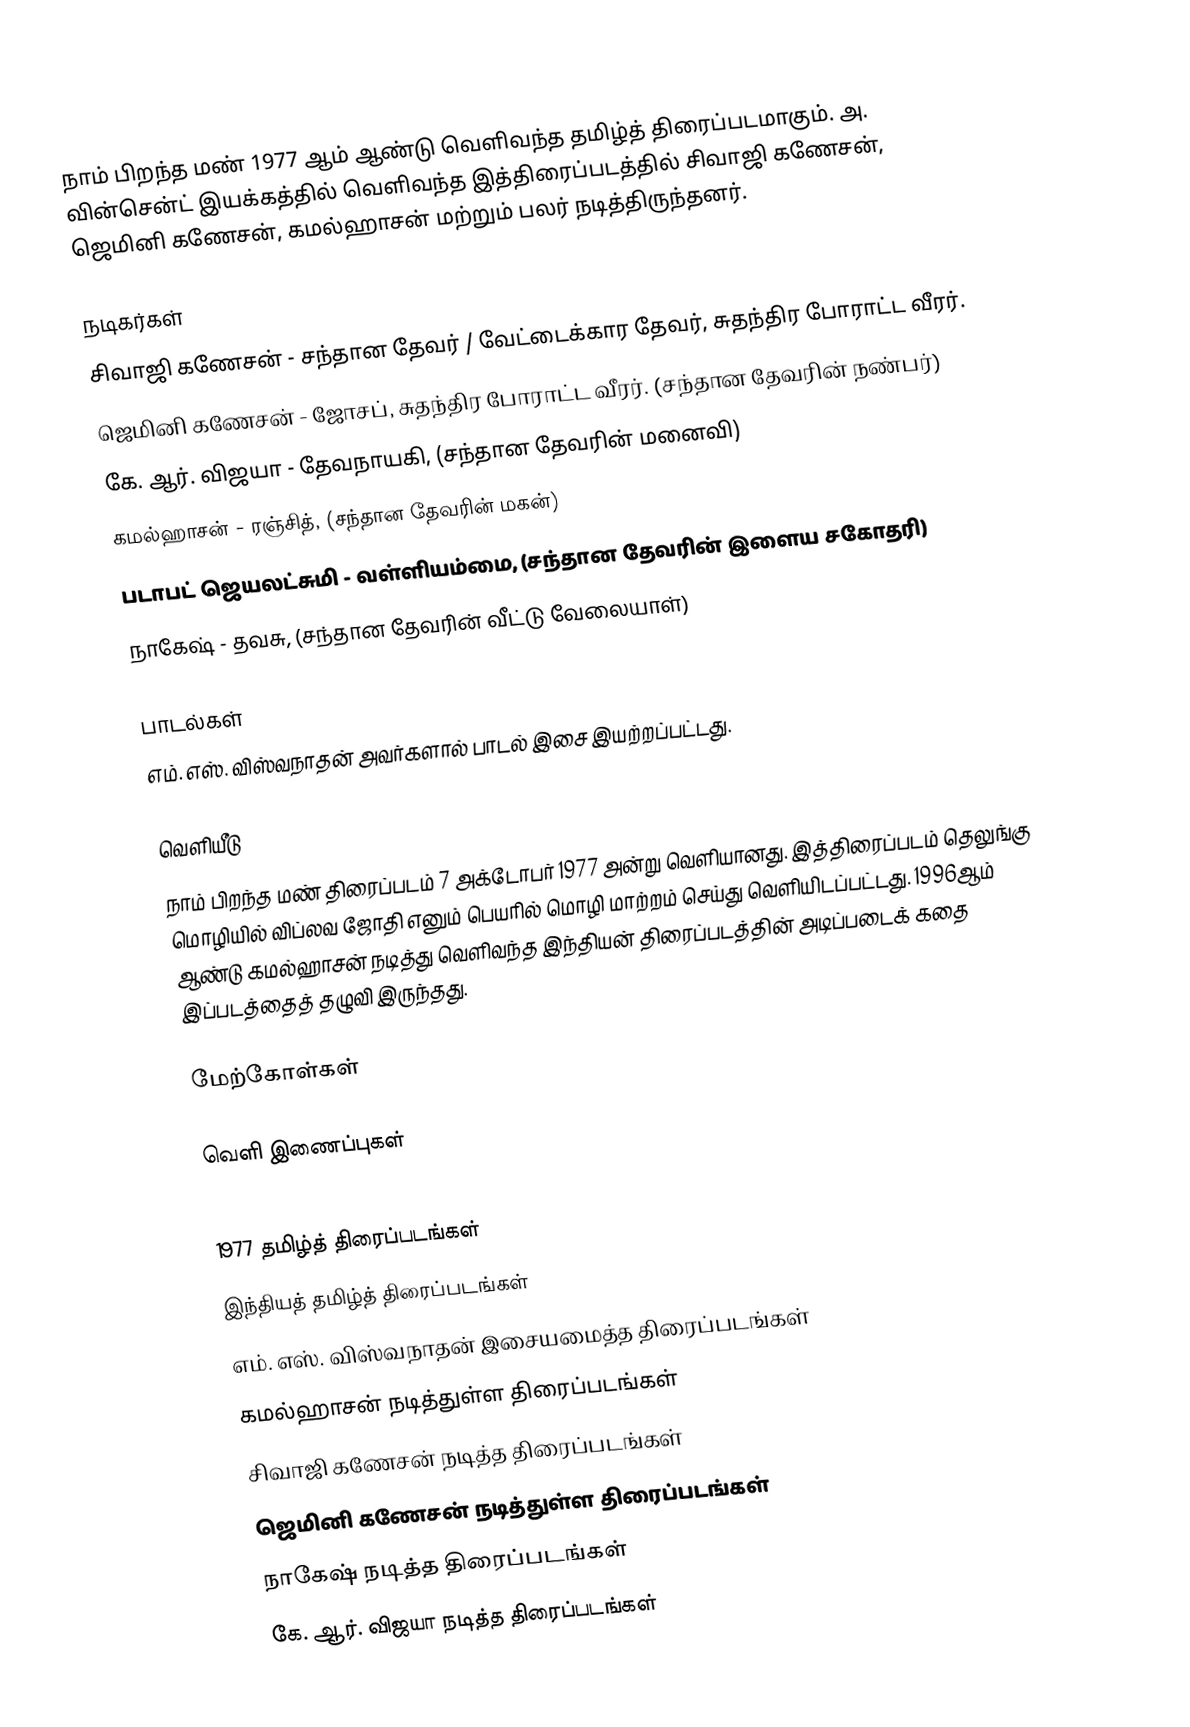
நாம் பிறந்த மண் 1977 ஆம் ஆண்டு வெளிவந்த தமிழ்த் திரைப்படமாகும். அ. வின்சென்ட் இயக்கத்தில் வெளிவந்த இத்திரைப்படத்தில் சிவாஜி கணேசன், ஜெமினி கணேசன், கமல்ஹாசன் மற்றும் பலர் நடித்திருந்தனர்.

நடிகர்கள்
சிவாஜி கணேசன் - சந்தான தேவர் / வேட்டைக்கார தேவர்,  சுதந்திர போராட்ட வீரர்.
ஜெமினி கணேசன் - ஜோசப், சுதந்திர போராட்ட வீரர். (சந்தான தேவரின் நண்பர்)
கே. ஆர். விஜயா - தேவநாயகி, (சந்தான தேவரின் மனைவி)
கமல்ஹாசன் - ரஞ்சித், (சந்தான தேவரின் மகன்)
படாபட் ஜெயலட்சுமி - வள்ளியம்மை, (சந்தான தேவரின் இளைய சகோதரி)
நாகேஷ் - தவசு, (சந்தான தேவரின் வீட்டு வேலையாள்)

பாடல்கள்
எம். எஸ். விஸ்வநாதன் அவர்களால் பாடல் இசை இயற்றப்பட்டது.

வெளியீடு
நாம் பிறந்த மண் திரைப்படம் 7 அக்டோபர் 1977 அன்று வெளியானது. இத்திரைப்படம் தெலுங்கு மொழியில் விப்லவ ஜோதி எனும் பெயரில் மொழி மாற்றம் செய்து வெளியிடப்பட்டது. 1996ஆம் ஆண்டு கமல்ஹாசன் நடித்து வெளிவந்த இந்தியன் திரைப்படத்தின் அடிப்படைக் கதை இப்படத்தைத் தழுவி இருந்தது.

மேற்கோள்கள்

வெளி இணைப்புகள்

1977 தமிழ்த் திரைப்படங்கள்
இந்தியத் தமிழ்த் திரைப்படங்கள்
எம். எஸ். விஸ்வநாதன் இசையமைத்த திரைப்படங்கள்
கமல்ஹாசன் நடித்துள்ள திரைப்படங்கள்
சிவாஜி கணேசன் நடித்த திரைப்படங்கள்
ஜெமினி கணேசன் நடித்துள்ள திரைப்படங்கள்
நாகேஷ் நடித்த திரைப்படங்கள்
கே. ஆர். விஜயா நடித்த திரைப்படங்கள்